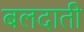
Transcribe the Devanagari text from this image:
बलदाती